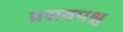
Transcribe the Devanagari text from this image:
प्रसवपश्च